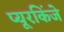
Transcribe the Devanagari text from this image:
प्यूरकिंजे